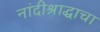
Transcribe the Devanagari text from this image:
नांदीश्राद्धाचा